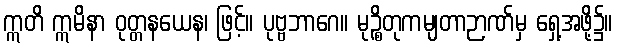
ဣတိ ဣမိနာ ဝုတ္တနယေန၊ ဖြင့်။ ပုဗ္ဗဘာဂေ။ မုဉ္စိတုကမျတာဉာဏ်မှ ရှေ့အဖို့၌။